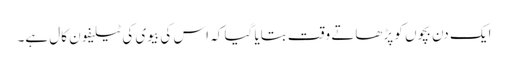
ایک دن بچوں کو پڑھاتے وقت بتایا گیا کہ اس کی بیوی کی ٹیلیفون کال ہے۔